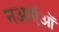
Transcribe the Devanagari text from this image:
नआऍऑ